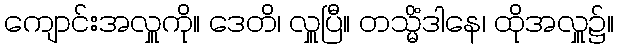
ကျောင်းအလှူကို။ ဒေတိ၊ လှူပြီ။ တသ္မိံဒါနေ၊ ထိုအလှူ၌။